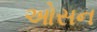
ઓસન